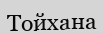
Тойхана